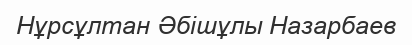
Нұрсұлтан Әбішұлы Назарбаев